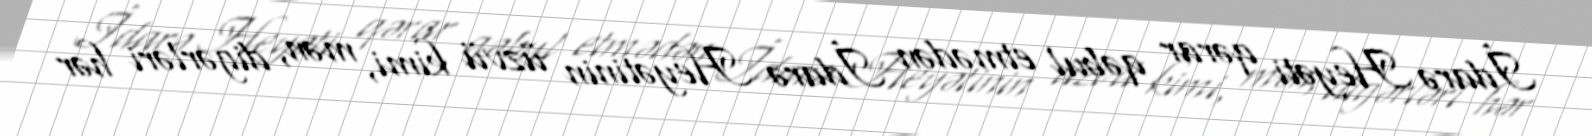
İdarə Heyəti qərar qəbul etmədən İdarə Heyətinin üzvü kimi, mən, digərləri hər